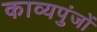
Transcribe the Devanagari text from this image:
काव्यपुंजों